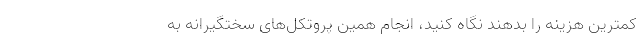
کمترین هزینه را بدهند نگاه کنید، انجام همین پروتکل‌های سختگیرانه به